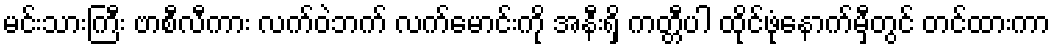
မင်းသားကြီး ဗာစီလီကား လက်ဝဲဘက် လက်မောင်းကို အနီးရှိ ကတ္တီပါ ထိုင်ဖုံနောက်မှီတွင် တင်ထားကာ